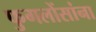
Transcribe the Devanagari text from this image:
फुगलोंसांना